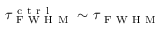
\tau _ { \mathrm { ~ F ~ W ~ H ~ M ~ } } ^ { \mathrm { ~ c ~ t ~ r ~ l ~ } } \sim \tau _ { \mathrm { ~ F ~ W ~ H ~ M ~ } }